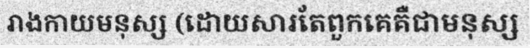
រាងកាយមនុស្ស (ដោយសារតែពួកគេគឺជាមនុស្ស